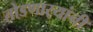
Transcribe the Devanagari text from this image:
तोडणार्‍यांनी